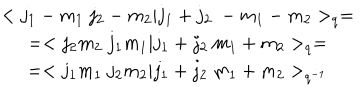
\begin{array} { c } { { < j _ { 1 } - m _ { 1 } \ j _ { 2 } - m _ { 2 } | j _ { 1 } + j _ { 2 } \ - m _ { 1 } - m _ { 2 } > _ { q } = } } \\ { { = < j _ { 2 } m _ { 2 } \ j _ { 1 } m _ { 1 } | j _ { 1 } + j _ { 2 } \ m _ { 1 } + m _ { 2 } > _ { q } = } } \\ { { = < j _ { 1 } m _ { 1 } \ j _ { 2 } m _ { 2 } | j _ { 1 } + j _ { 2 } \ m _ { 1 } + m _ { 2 } > _ { q ^ { - 1 } } } } \\ \end{array}